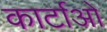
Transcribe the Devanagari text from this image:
कार्टाओ